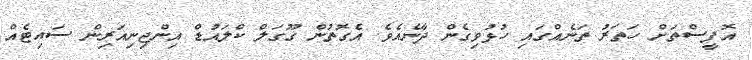
އޮފީސްތަށް ހަތަރު ތަނެއްގައި ހުޅުވިގެން ދާނެއެވެ. އެގޮތުން ގޫގަލް ކްލައުޑް އިންޖިނިއަރިން ސައިޓެއް